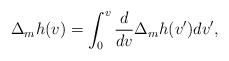
\begin{align*} \Delta_mh(v)=\int_0^v\frac{d}{dv}\Delta_mh(v')dv',\end{align*}